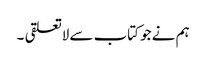
ہم نے جو کتاب سے لاتعلقی ۔